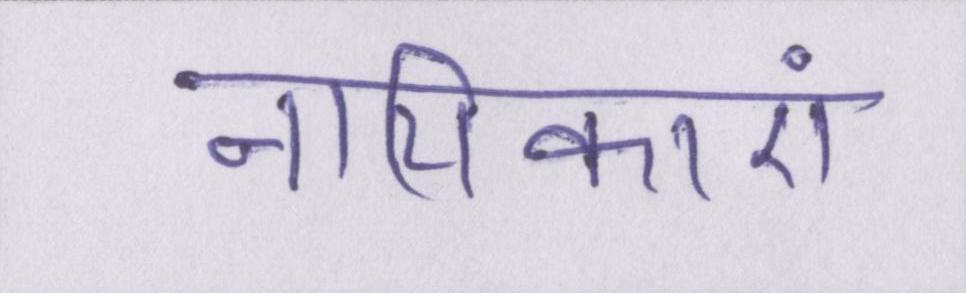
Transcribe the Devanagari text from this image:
नायिकाएं